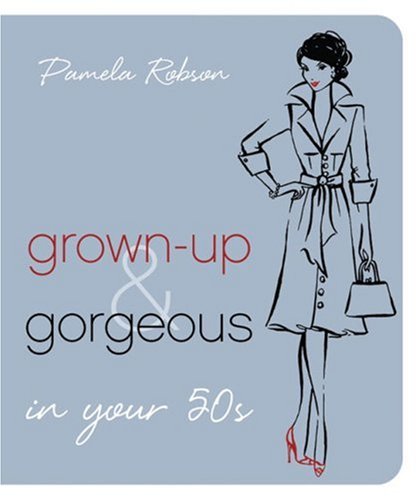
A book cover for Grown-Up & Gorgeous in Your 50s; Pamela Robson; Health, Fitness & Dieting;